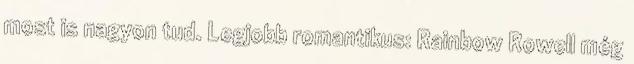
most is nagyon tud. Legjobb romantikus: Rainbow Rowell még